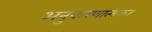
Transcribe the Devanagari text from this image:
अनुकरणात्मक।